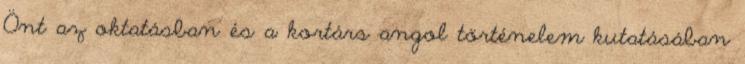
Önt az oktatásban és a kortárs angol történelem kutatásában